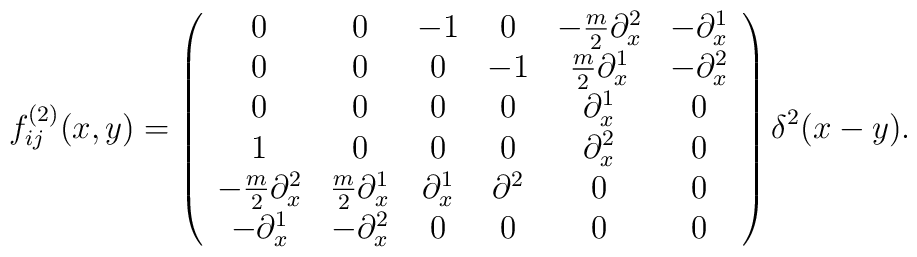
f^{(2)}_{ij}(x,y) = \left( \begin{array}{cccccc} 0 & 0 & -1 & 0 & -\frac{m}{2} \partial^2_x & -\partial^1_x \\ 0 & 0 & 0 & -1& \frac{m}{2} \partial^1_x & -\partial^2_x \\ 0 & 0 & 0 & 0 & \partial^1_x & 0 \\ 1 & 0 & 0 & 0 & \partial^2_x & 0 \\ -\frac{m}{2} \partial^2_x & \frac{m}{2} \partial^1_x & \partial^1_x & \partial^2 & 0 & 0 \\ -\partial^1_x & -\partial^2_x & 0 & 0 & 0 & 0 \\ \end{array} \right) \delta^2(x-y) .